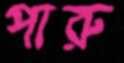
পারু